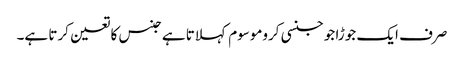
صرف ایک جوڑا جو جنسی کروموسوم کہلاتا ہے جنس کا تعین کرتا ہے۔